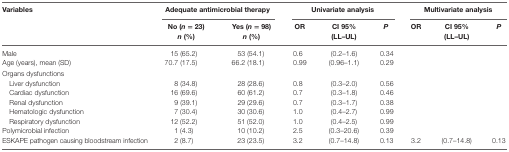
| <ROWSPAN=2> Variables | <COLSPAN=2> Adequate antimicrobial therapy | <COLSPAN=3> Univariate analysis | <COLSPAN=3> Multivariate analysis |
 | No (n = 23)n (%) | Yes (n = 98)n (%) | OR | CI 95%(LL–UL) | P | OR | CI 95%(LL–UL) | P |
 | --- | --- | --- | --- | --- | --- | --- | --- | --- |
 | Male | 15 (65.2) | 53 (54.1) | 0.6 | (0.2–1.6) | 0.34 |  |  |  |
 | Age (years), mean (SD) | 70.7 (17.5) | 66.2 (18.1) | 0.99 | (0.96–1.1) | 0.29 |  |  |  |
 | <COLSPAN=9> Organs dysfunctions |
 | Liver dysfunction | 8 (34.8) | 28 (28.6) | 0.8 | (0.3–2.0) | 0.56 |  |  |  |
 | Cardiac dysfunction | 16 (69.6) | 60 (61.2) | 0.7 | (0.3–1.8) | 0.46 |  |  |  |
 | Renal dysfunction | 9 (39.1) | 29 (29.6) | 0.7 | (0.3–1.7) | 0.38 |  |  |  |
 | Hematologic dysfunction | 7 (30.4) | 30 (30.6) | 1.0 | (0.4–2.7) | 0.99 |  |  |  |
 | Respiratory dysfunction | 12 (52.2) | 51 (52.0) | 1.0 | (0.4–2.5) | 0.99 |  |  |  |
 | Polymicrobial infection | 1 (4.3) | 10 (10.2) | 2.5 | (0.3–20.6) | 0.39 |  |  |  |
 | ESKAPE pathogen causing bloodstream infection | 2 (8.7) | 23 (23.5) | 3.2 | (0.7–14.8) | 0.13 | 3.2 | (0.7–14.8) | 0.13 |